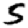
Digit: 5